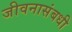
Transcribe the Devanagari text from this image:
जीवनासंबधी